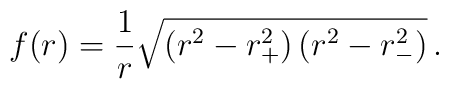
f(r) ={1\over r}\sqrt{\left( r^2_{\vphantom +}-r^2_{+} \right)\left(r^2_{\vphantom -}-r^2_{-}\right)} \, .